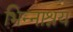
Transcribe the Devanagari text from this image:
भिन्नाश्रय